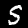
Label: 5